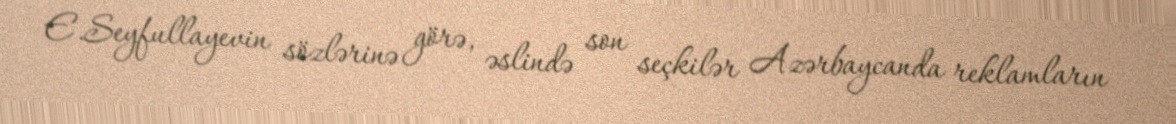
E.Seyfullayevin sözlərinə görə, əslində son seçkilər Azərbaycanda reklamların